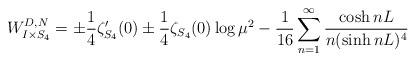
LaTeX: \begin{align*}W^{D,N}_{I\times S_4}=\pm\frac14\zeta'_{S_4}(0)\pm\frac14\zeta_{S_4}(0)\log\mu^2-\frac{1}{16}\sum^\infty_{n=1}\frac{\cosh nL}{n(\sinh nL)^4}\end{align*}